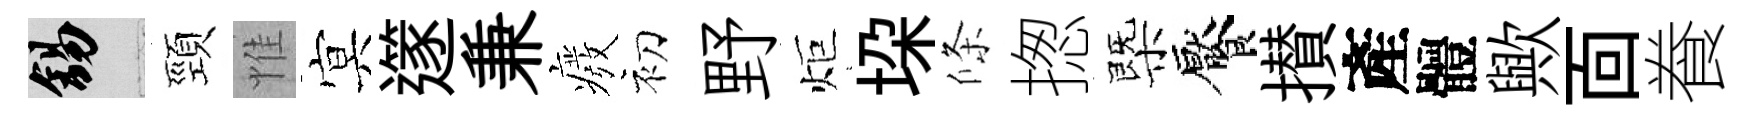
錫頸惟㝠𨗹兼癈初野炬垜條揔㮣饜攅產體歟靣飬